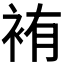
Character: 𫋸